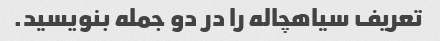
تعریف سیاهچاله را در دو جمله بنویسید.